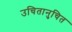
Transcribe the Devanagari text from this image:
उचितानुचित